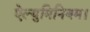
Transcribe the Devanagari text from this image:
ऐल्युमिनियम।